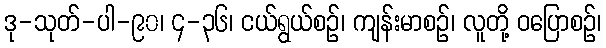
ဒု-သုတ်-ပါ-၉၀၊ ၄-၃၆၊ ငယ်ရွယ်စဉ်၊ ကျန်းမာစဉ်၊ လူတို့ ဝပြောစဉ်၊